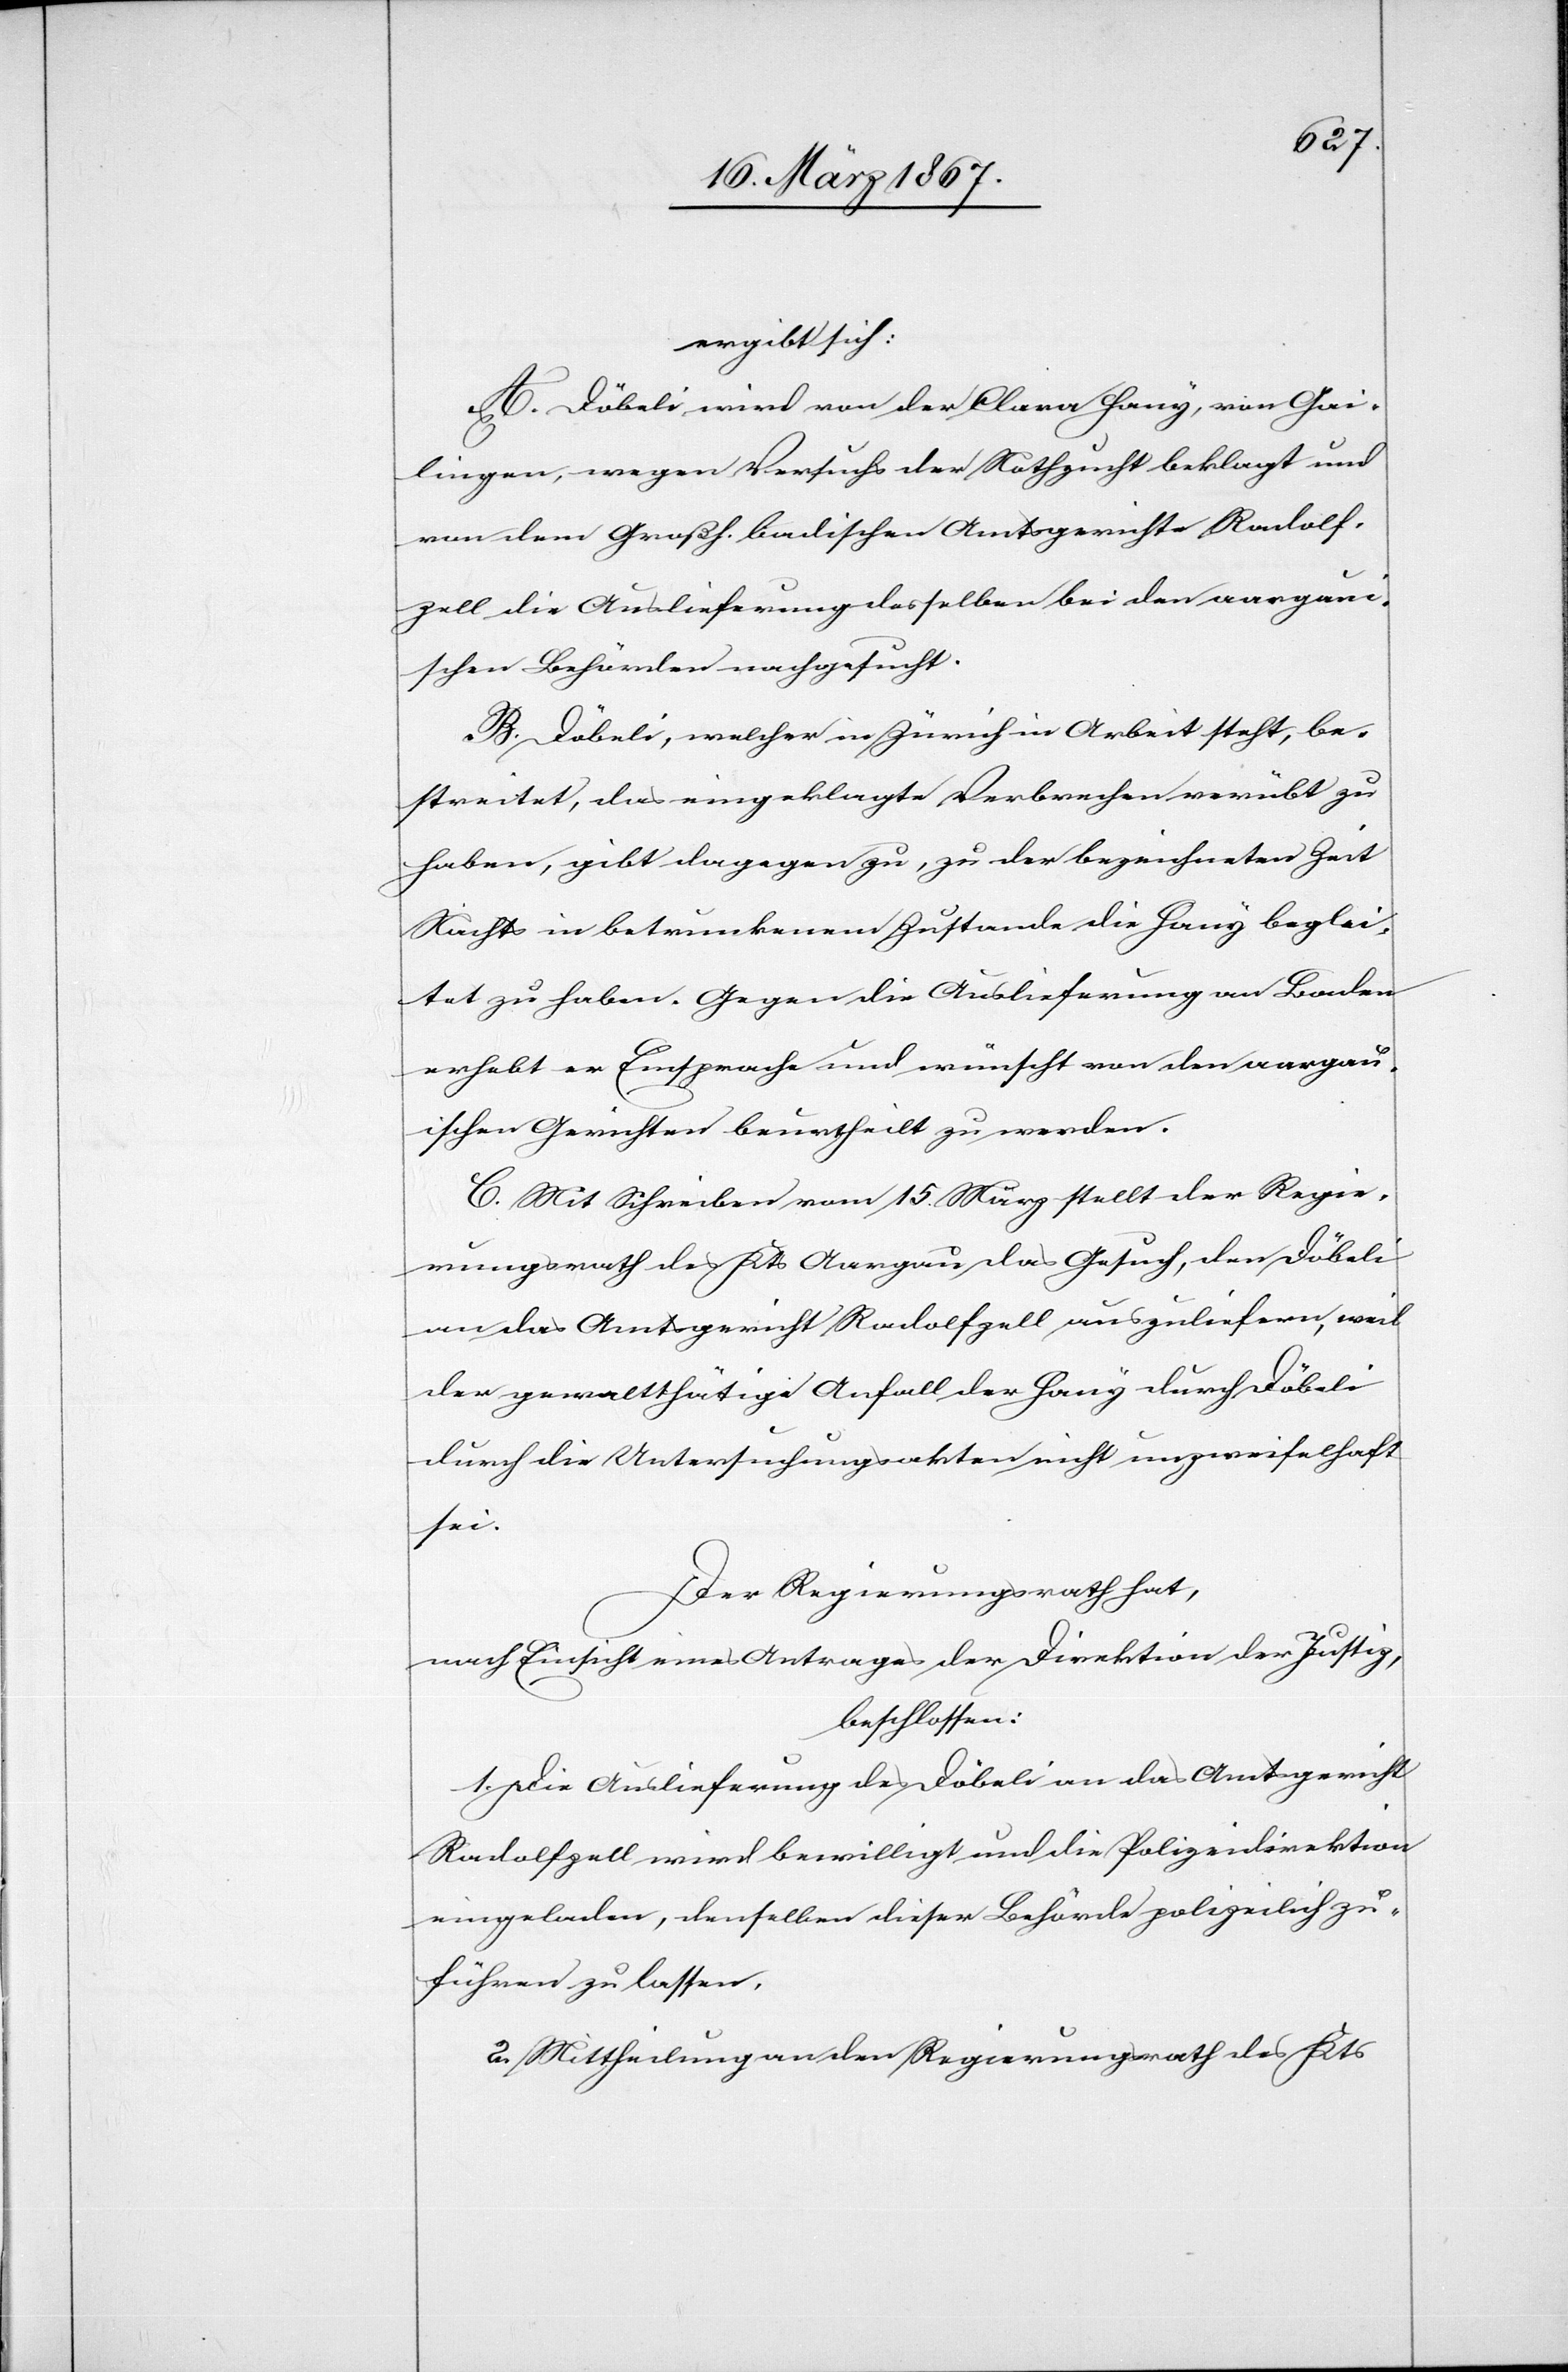
ergibt sich:
A. Döbeli wird von der Clara Hany, von Gai¬
lingen, wegen Versuchs der Nothzucht beklagt und
von dem Großh. badischen Amtsgerichte Radolf¬
zell die Auslieferung desselben bei den aargaui¬
schen Behörden nachgesucht.
B. Döbeli, welcher in Zürich in Arbeit steht, be¬
streitet, das eingeklagte Verbrechen verübt zu
haben, gibt dagegen zu, zu der bezeichneten Zeit
Nachts in betrunkenem Zustande die Hany beglei¬
tet zu haben. Gegen die Auslieferung an Baden
erhebt er Einsprache und wünscht von den aargau¬
ischen Gerichten beurtheilt zu werden.
C. Mit Schreiben vom 15. März stellt der Regie¬
rungsrath des Kts. Aargau das Gesuch, den Döbeli
an das Amtsgericht Radolfzell auszuliefern, weil
der gewaltthätige Anfall der Hany durch Döbeli
durch die Untersuchungsakten nicht unzweifelhaft
sei.
Der Regierungsrath hat,
nach Einsicht eines Antrages der Direktion der Justiz,
beschlossen:
1. Die Auslieferung des Döbeli an das Amtsgericht
Radolfzell wird bewilligt und die Polizeidirektion
eingeladen, denselben dieser Behörde polizeilich zu¬
führen zu lassen.
2. Mittheilung an den Regierungsrath des Kts